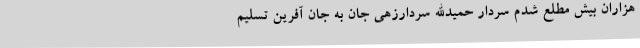
هزاران بیش مطلع شدم سردار حمیدالله سردارزهی جان به جان آفرین تسلیم